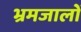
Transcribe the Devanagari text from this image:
भ्रमजालों